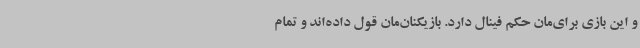
و این بازی برای‌مان حکم فینال دارد. بازیکنان‌مان قول داده‌اند و تمام